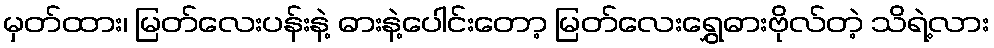
မှတ်ထား၊ မြတ်လေးပန်းနဲ့ ဓားနဲ့ပေါင်းတော့ မြတ်လေးရွှေဓားဗိုလ်တဲ့ သိရဲ့လား